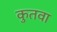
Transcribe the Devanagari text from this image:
कुतवा